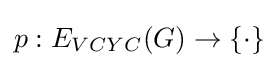
p:E_{VCYC}(G)\rightarrow \{\cdot \}